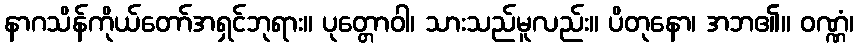
နာဂသိန်ကိုယ်တော်အရှင်ဘုရား။ ပုတ္တောဝါ၊ သားသည်မူလည်း။ ပိတုနော၊ အဘ၏။ ဝဏ္ဏံ၊